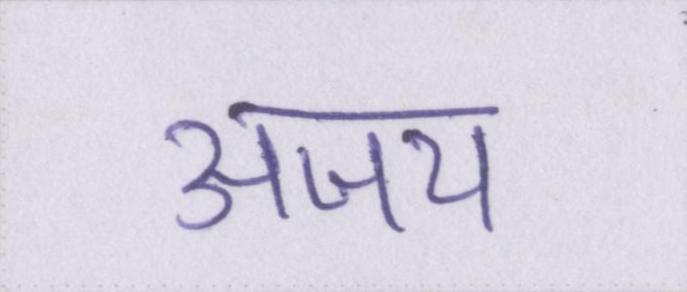
अजय